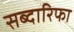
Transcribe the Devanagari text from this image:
सब्दारिफा